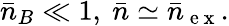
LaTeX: \bar{n}_{B}\ll 1,~\bar{n}\simeq\bar{n}_{\mathrm{~e~x~}}.